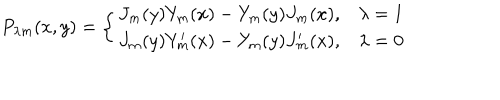
P _ { \lambda m } ( x , y ) = \left\{ \begin{array} { l l } { { J _ { m } ( y ) Y _ { m } ( x ) - Y _ { m } ( y ) J _ { m } ( x ) , } } & { { \lambda = 1 } } \\ { { J _ { m } ( y ) Y _ { m } ^ { \prime } ( x ) - Y _ { m } ( y ) J _ { m } ^ { \prime } ( x ) , } } & { { \lambda = 0 } } \\ \end{array} \right.